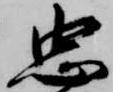
忠